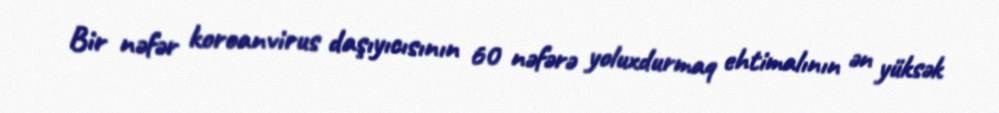
Bir nəfər koroanvirus daşıyıcısının 60 nəfərə yoluxdurmaq ehtimalının ən yüksək